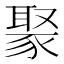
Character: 𬥁